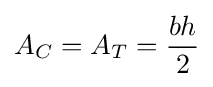
A_{C}=A_{T}={\frac {bh}{2}}